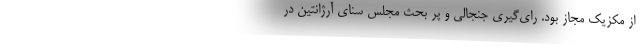
از مکزیک مجاز بود. رای‌گیری جنجالی و پر بحث مجلس سنای آرژانتین در